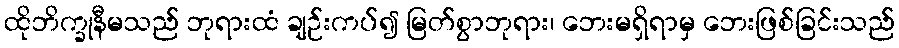
ထိုဘိက္ခုနီမသည် ဘုရားထံ ချဉ်းကပ်၍ မြတ်စွာဘုရား၊ ဘေးမရှိရာမှ ဘေးဖြစ်ခြင်းသည်